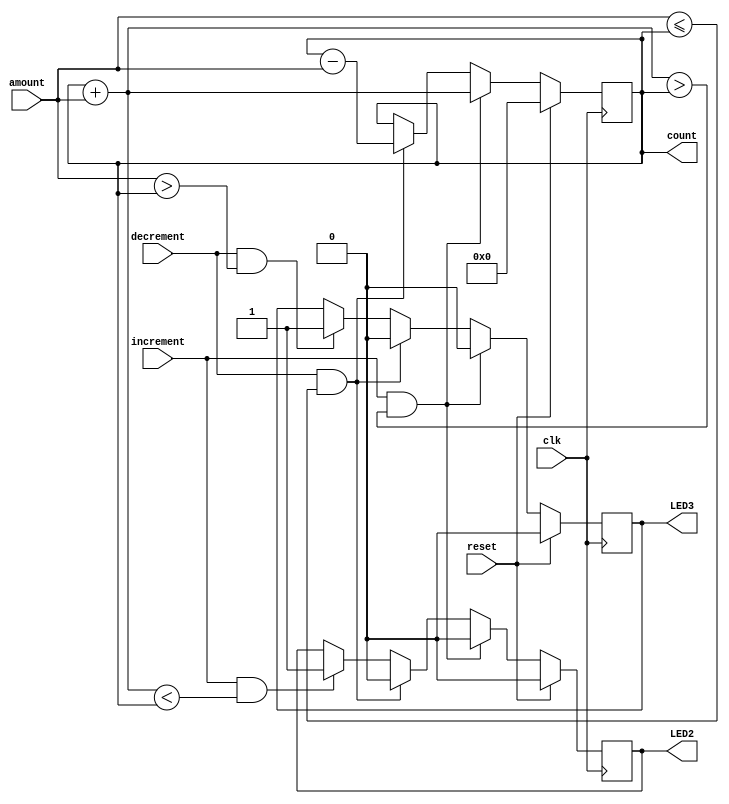
`timescale 1ns / 1ps

module counter(
input clk,
input reset,//reset the account value to 0
input increment, //money has been deposited
input decrement, //money has been withdrawn
input [7:0] amount, //Bill amount ($1, $5, $10,....)
output [7:0] count, //total money in the account, $0-$255
output LED2, //exceeds maximum account value i.e. 255
output LED3 //don't have enough money to withdraw, not enough balance
);

reg[7:0] current_count = 0;//will do math here, addition if deposit, subtraction if withdraw

// computing the balance in account after deposit and withdrawal
//for example, if balance (count) is $0 and $5 bill is deposited (amount), and deposit signal is triggered
// the current count will display $0 + $5 = $5. 
always@(posedge clk) begin
    if(reset)
        current_count<=0; // reset count to 0
    else if(increment & (count + amount) > count) // else if(increment)
        current_count<= count + amount; // incremened count by amount
    else if(decrement & amount <= count)
        current_count<= count - amount; // decrement count by amount
    else
        current_count <= count; // if no input, count remains the same
end
    assign count = current_count; // assign current_count to count


reg set2 = 0;
    
// determine LED2, exceeds maximum account value i.e. 255
always@(posedge clk) begin
    if(reset)
        set2 <=0; // reset count to 0
    else if(increment & (count + amount) > count) // else if(increment)
        set2 <=0; 
    else if(decrement & amount <= count)
        set2 <=0; 
    else if(increment & (count + amount) < count) // try and increment but overflow occurs
        set2 <=1;
    else
        set2 <= LED2; // if no input, count remains the same
end
    assign LED2 = set2;


reg set3 = 0;
    
// determine LED3, don't have enough money to withdraw, enough balance in the account
always@(posedge clk) begin
    if(reset)
        set3 <=0; // reset count to 0
    else if(increment & (count + amount) > count) // else if(increment)
        set3 <=0; 
    else if(decrement & amount <= count)
        set3 <=0; 
    else if(decrement & amount > count) // try and decrement but underflow occurs
        set3 <=1; // decrement count by amount
    else
        set3 <= LED3; // if no input, count remains the same
end
    assign LED3 = set3;
    
endmodule